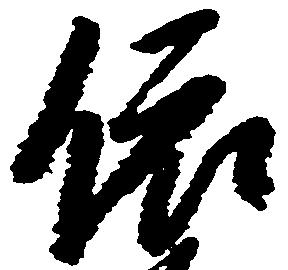
依